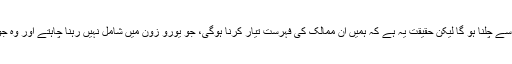
اُس نے کہا: ’’ہميں بہت احتياط سے چلنا ہو گا ليکن حقيقت يہ ہے کہ ہميں ان ممالک کی فہرست تيار کرنا ہوگی، جو يورو زون ميں شامل نہيں رہنا چاہتے اور وہ جو اس ميں شامل نہيں رہ سکتے۔